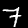
Digit: 7